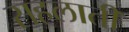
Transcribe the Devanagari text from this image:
सहलाती